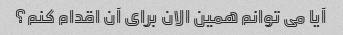
آیا می توانم همین الان برای آن اقدام کنم؟